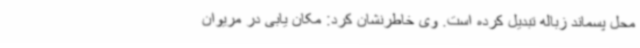
محل پسماند زباله تبدیل کرده است. وی خاطرنشان کرد: مکان یابی در مریوان